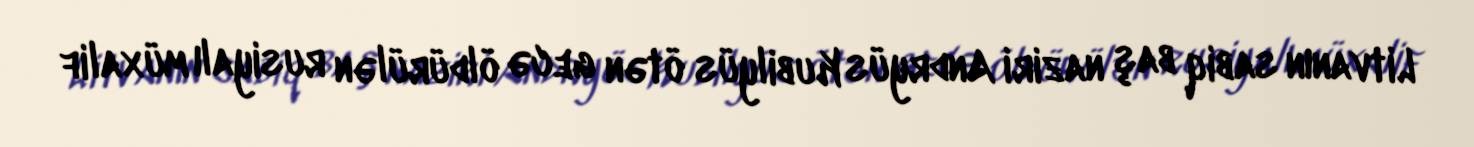
Litvanın sabiq baş naziri Andryüs Kubilyüs ötən gecə öldürülən rusiyalı müxalif